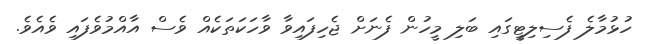
ހުޅުމާލެ ފެސިލިޓީގައި ބަލި މީހުން ފެނަށް ޖެހިފައިވާ ވާހަކަތަކެއް ވެސް އާއްމުވެފައި ވެއެވެ.